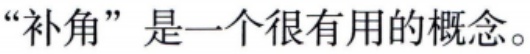
“补角”是一个很有用的概念。